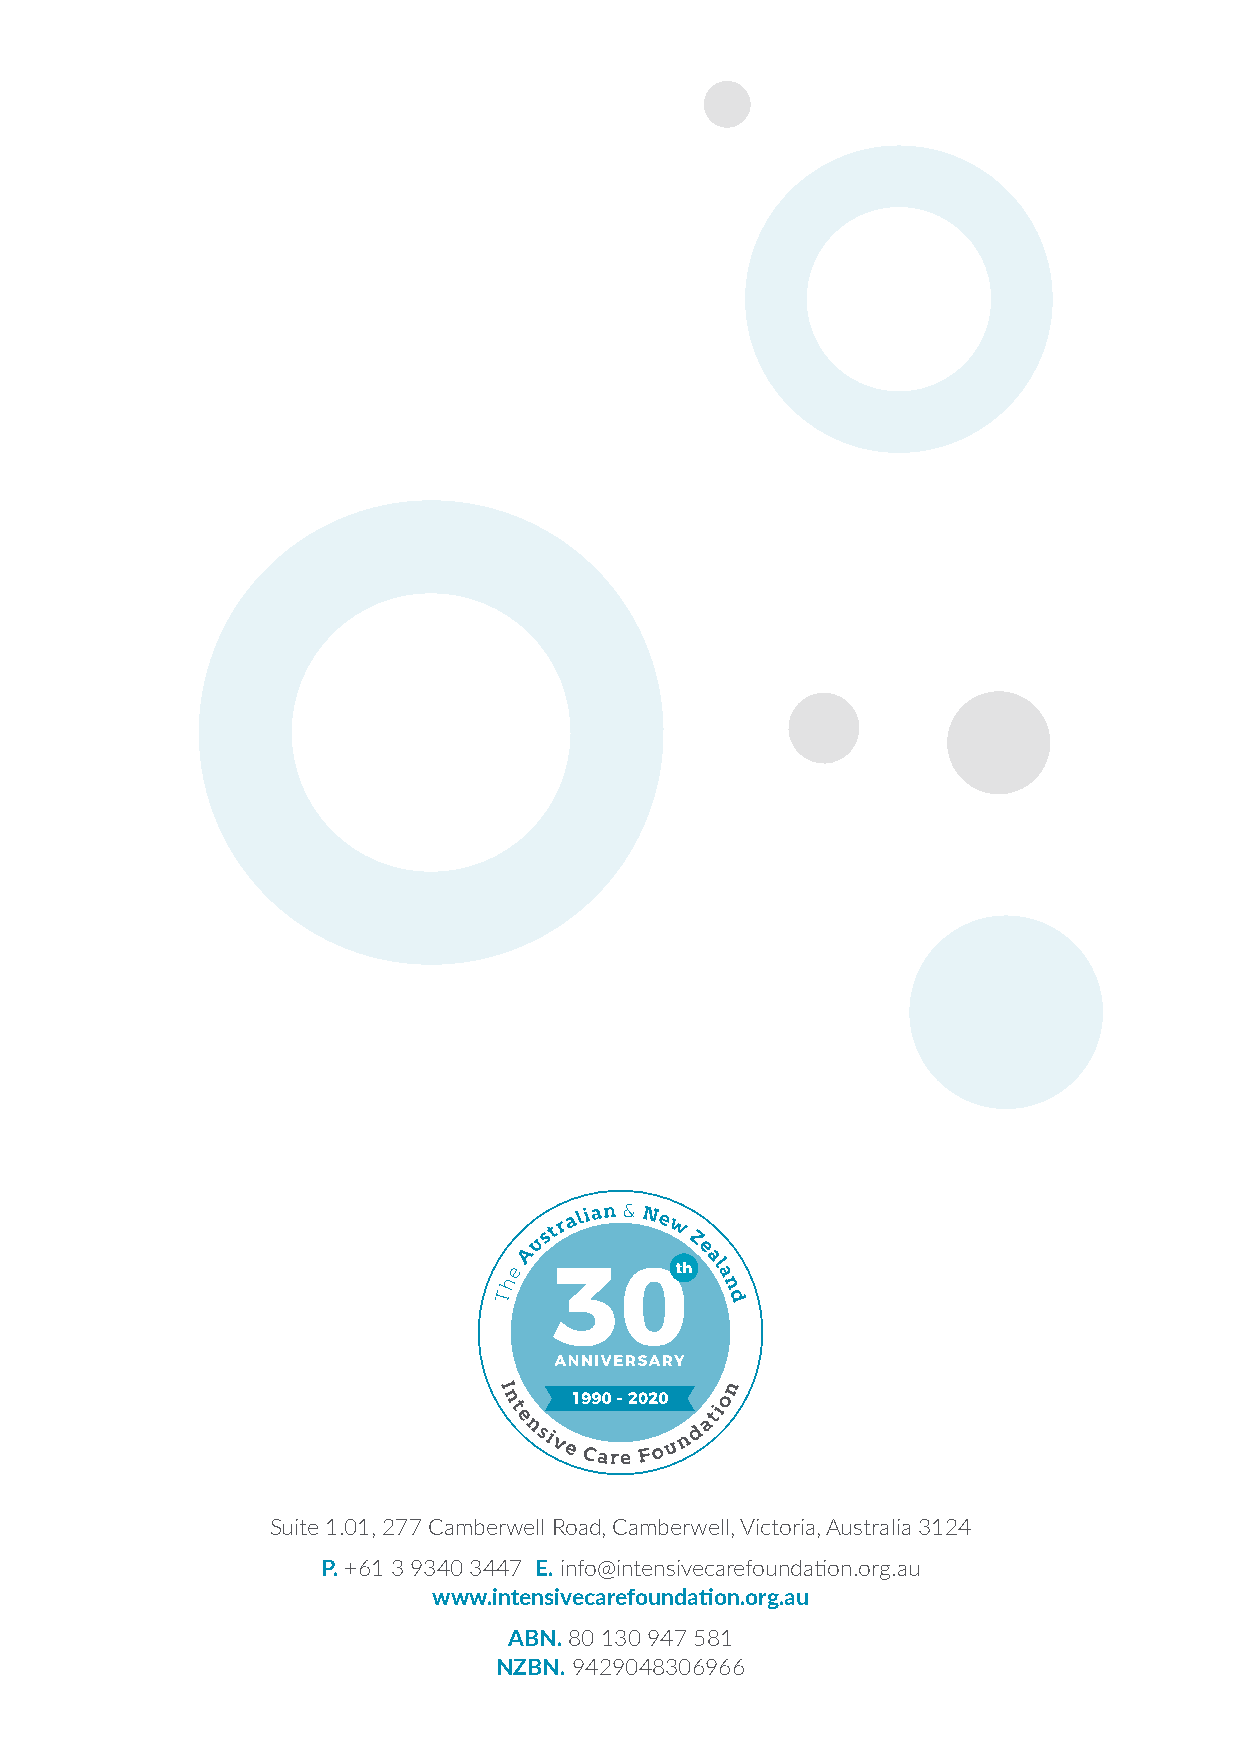
Suite 1.01, 277 Camberwell Road , Camberwell, Victoria, Australia 3124
 P. +61 3 9340 3447 E. info@intensivecarefoundation.org.au
 www.intensivecarefoundation.org.au
 ABN. 80 130 947 581
 NZBN. 9429048306966